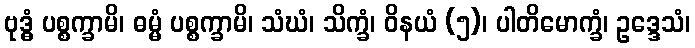
ဗုဒ္ဓံ ပစ္စက္ခာမိ၊ ဓမ္မံ ပစ္စက္ခာမိ၊ သံဃံ၊ သိက္ခံ၊ ဝိနယံ (၅)၊ ပါတိမောက္ခံ၊ ဥဒ္ဒေသံ၊